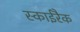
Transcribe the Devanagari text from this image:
स्काईरैक